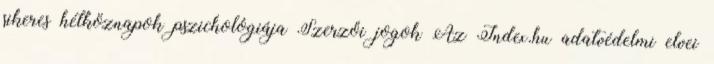
sikeres hétköznapok pszichológiája Szerzői jogok Az Index.hu adatvédelmi elvei